Lunatic asylums United Provinces 1899-1908 - 1899-1908
Year: 1899
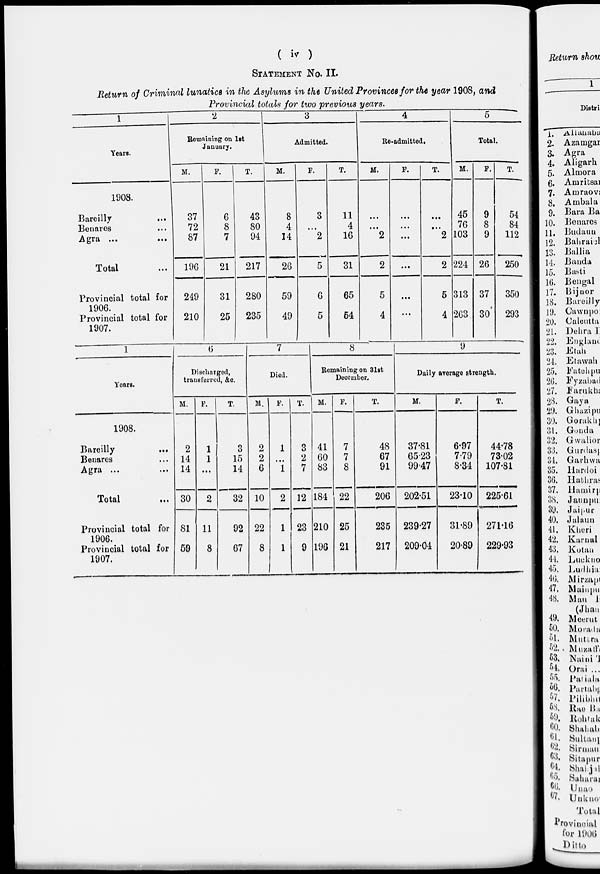
( iv )
STATEMENT No. II.
Return of Criminal lunatics in the Asylums in the United Provinces for the year 1908, and
Provincial totals for two previous years.
1
Years.
1908.
Bareilly ...
Benares ...
Agra ... ...
Total ...
Provincial total for
1906.
Provincial total for
1907.
2
Remaining on 1st
January.
M.
37
72
87
196
249
210
F.
6
8
7
21
31
25
T.
43
80
94
217
280
235
3
Admitted.
M.
8
4
14
26
59
49
F.
3
...
2
5
6
5
T.
11
4
16
31
65
54
4
Re-admitted.
M.
...
...
2
2
5
4
F.
...
...
...
...
...
...
T.
...
...
2
2
5
4
5
Total.
M.
45
76
103
224
313
263
F.
9
8
9
26
37
30
T.
54
84
112
250
350
293
1
Years.
1908.
Bareilly
...
Benares ...
Agra ... ...
Total ...
Provincial total for
1906.
Provincial total for
1907.
6
Discharged,
transferred, &c.
M.
2
14
14
30
81
59
F.
1
1
...
2
11
8
T.
3
15
14
32
92
67
7
Died.
M.
2
2
6
10
22
8
F.
1
...
1
2
1
1
T.
3
2
7
12
23
9
8
Remaining on 31st
December.
M.
41
60
83
184
210
196
F.
7
7
8
22
25
21
T.
48
67
91
206
235
217
9
Daily average strength.
M.
37.81
65.23
99.47
202.51
239.27
209.04
F.
6.97
7.79
8.34
23.10
31.89
20.89
T.
44.78
73.02
107.81
225.61
271.16
229.93